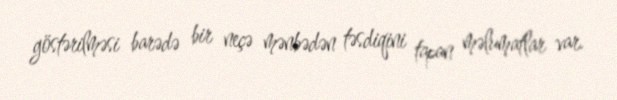
göstərilməsi barədə bir neçə mənbədən təsdiqini tapan məlumatlar var.